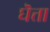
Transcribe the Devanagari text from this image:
घॆत्ता